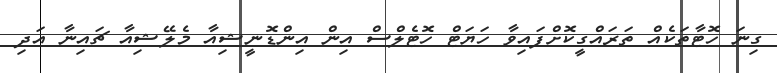
ގިނަ ހޮޓާތަކެއް ތަރައްގީކޮށްފައިވާ ހަޔަޓް ހޮޓެލްސް އިން އިންޑޮނީޝިއާ މެލޭޝިއާ ޗައިނާ އަދި